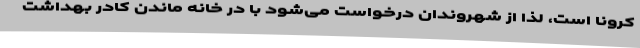
کرونا است، لذا از شهروندان درخواست می‌شود با در خانه ماندن کادر بهداشت